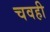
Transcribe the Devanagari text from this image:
चवही